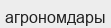
агрономдары